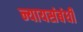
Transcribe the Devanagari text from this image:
न्यायसंबंधी